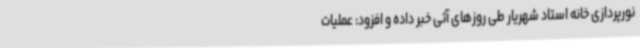
نورپردازی خانه استاد شهریار طی روزهای آتی خبر داده و افزود: عملیات